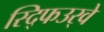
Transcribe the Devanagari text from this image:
स्द्फिउर्‍वे